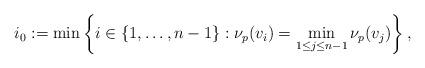
LaTeX: \begin{align*}i_0:=\min\left\{i\in\{1,\ldots,n-1\}:\nu_p(v_i) =\min_{1\leq j\leq n-1} \nu_p(v_j)\right\},\end{align*}